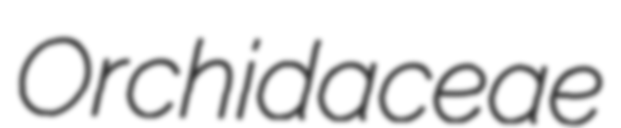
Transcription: Orchidaceae